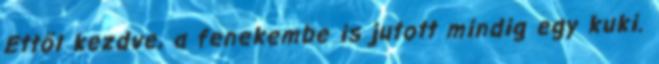
Ettől kezdve, a fenekembe is jutott mindig egy kuki.